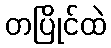
တပြိုင်ထဲ